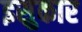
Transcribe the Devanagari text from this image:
इसुकार